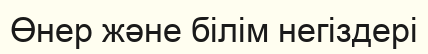
Өнер және білім негіздері